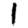
Digit: 1